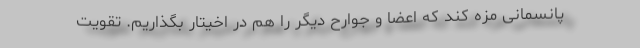
پانسمانی مزه کند که اعضا و جوارح دیگر را هم در اخیتار بگذاریم. تقویت